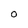
Character: O